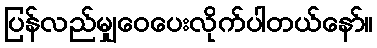
ပြန်လည်မျှဝေပေးလိုက်ပါတယ်နော်။